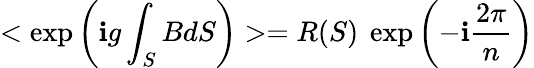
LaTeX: <\exp\left(\mathbf{i}g\int_{S}BdS\right)>=R(S)~\exp\left(-\mathbf{i}\frac{{2\pi}}{{n}}\right)